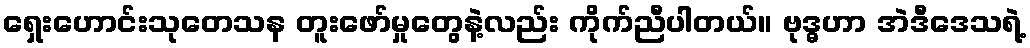
ရှေးဟောင်းသုတေသန တူးဖော်မှုတွေနဲ့လည်း ကိုက်ညီပါတယ်။ ဗုဒ္ဓဟာ အဲဒီဒေသရဲ့